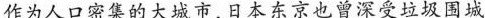
作为人口密集的大城市，日本东京也曾深受垃圾围城